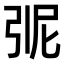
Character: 𭚭